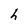
Character: h